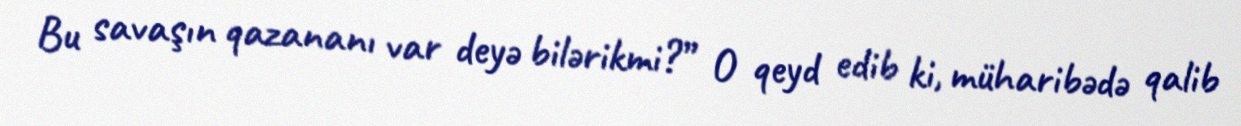
Bu savaşın qazananı var deyə bilərikmi?” O qeyd edib ki, müharibədə qalib